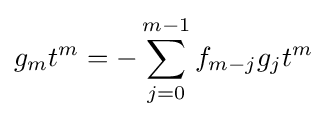
g_{m}t^{m}=-\sum _{j=0}^{m-1}f_{m-j}g_{j}t^{m}